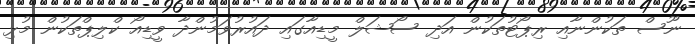
ނޫސް ތަކުންނާއި ރިޕޯޓުތަކުން އަދި ސޯޝަލް މީޑިއާގައި ދައުރުވަމުންދާ ވީޑިއޯ ކްލިޕްތަކުން މުޅި